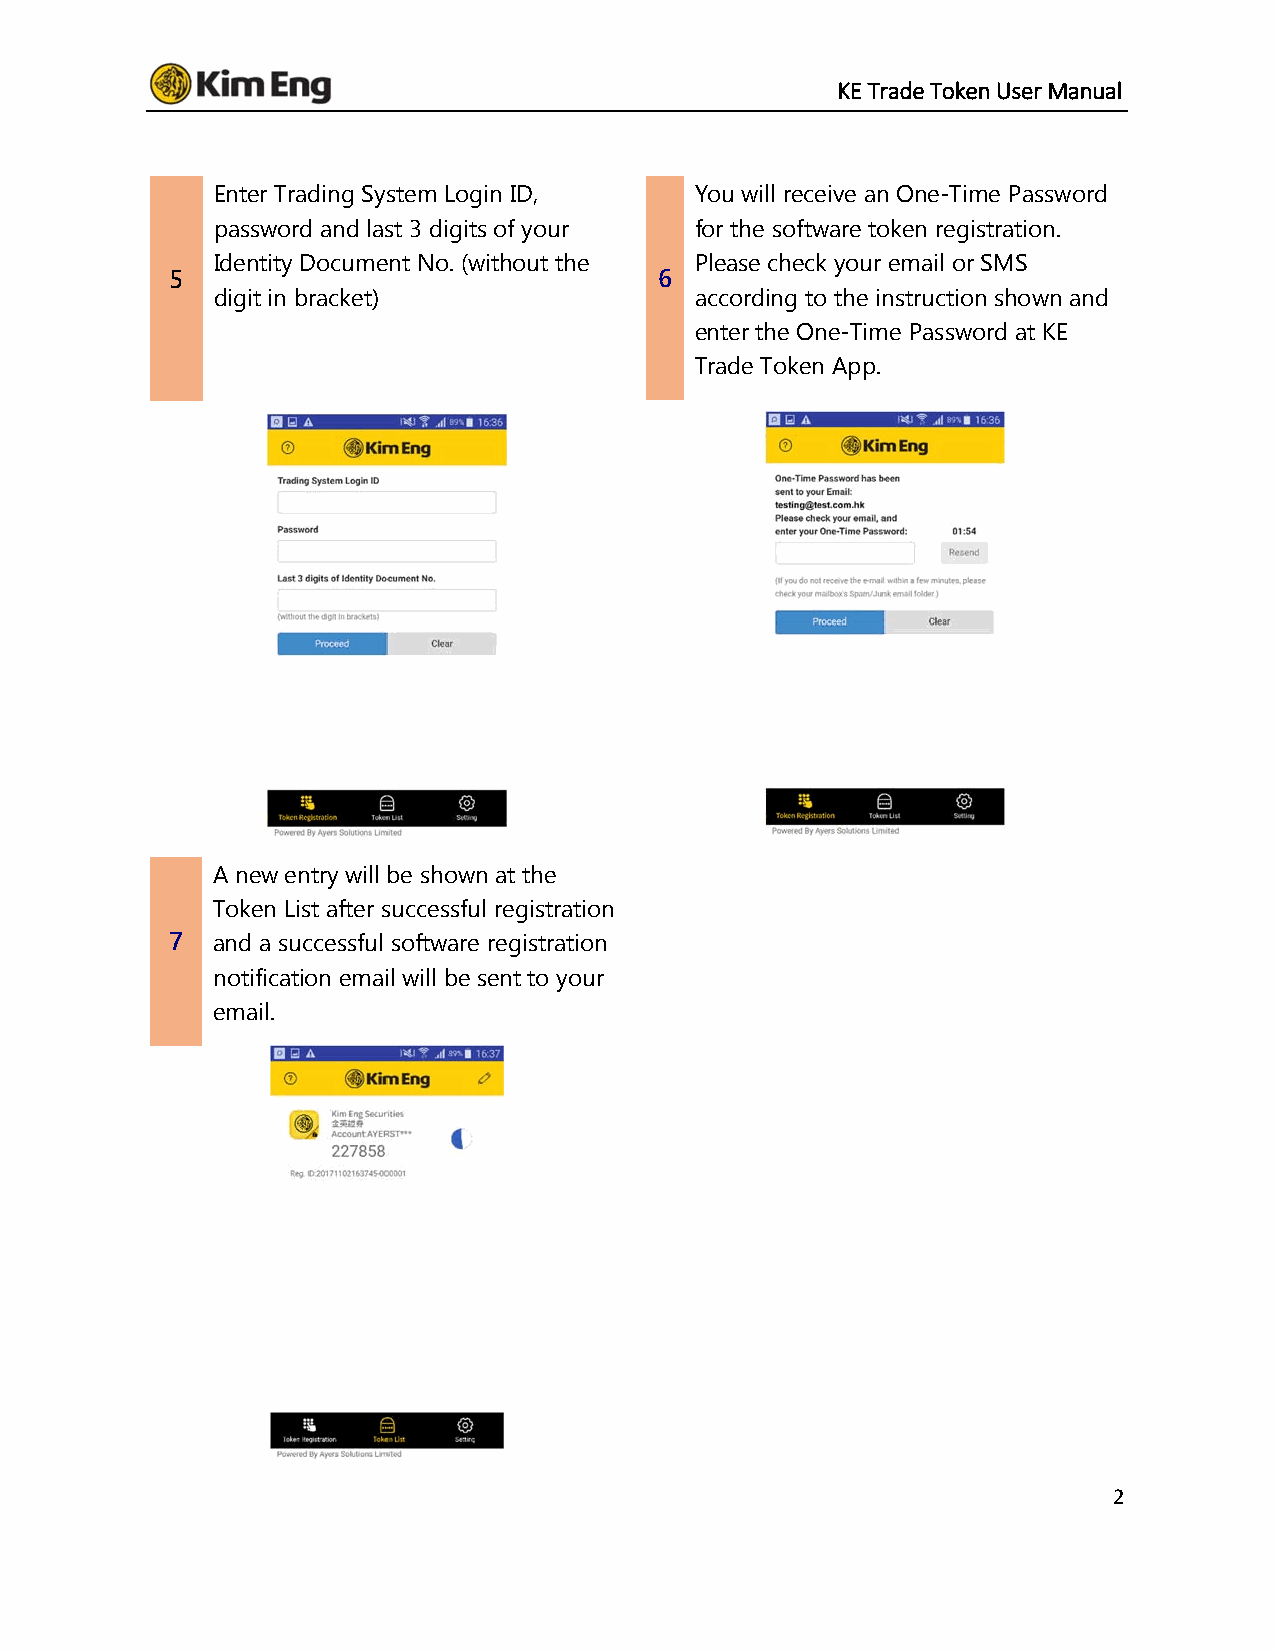
KE Trade Token User Manual
 Enter Trading System Login ID,  You will receive an One-Time Password
 password and last 3 digits of your for the software token registration.
 Identity Document No. (without the Please check your email or SMS
 5                                6
 digit in bracket)               according to the instruction shown and
 enter the One-Time Password at KE
 Trade Token App.
 A new entry will be shown at the
 Token List after successful registration
 7  and a successful software registration
 notification email will be sent to your
 email.
 2